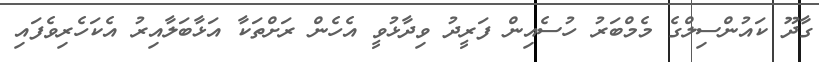
ގާދޫ ކައުންސިލްގެ މެމްބަރު ހުސެއިން ފަރީދު ވިދާޅުވީ އެހެން ރަށްތަކާ އަޅާބަލާއިރު އެކަހެރިވެފައި